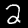
Label: 2